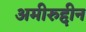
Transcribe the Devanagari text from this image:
अमीरुद्दीन